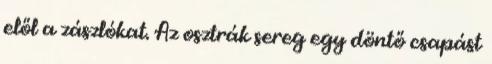
elől a zászlókat. Az osztrák sereg egy döntő csapást